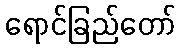
ရောင်ခြည်တော်